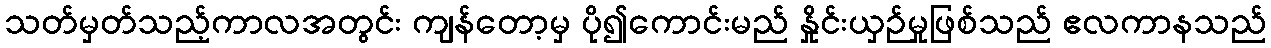
သတ်မှတ်သည့်ကာလအတွင်း ကျန်တော့မှ ပို၍ကောင်းမည် နှိုင်းယှဉ်မှုဖြစ်သည် ဧလကာနသည်